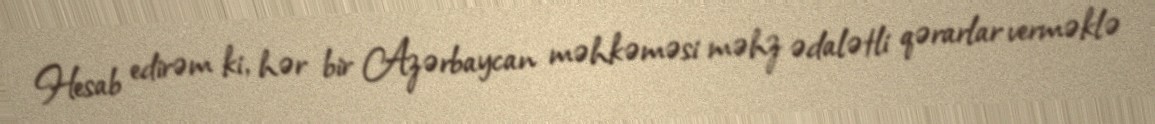
Hesab edirəm ki, hər bir Azərbaycan məhkəməsi məhz ədalətli qərarlar verməklə